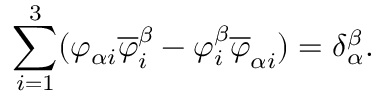
\sum _ { i = 1 } ^ { 3 } ( \varphi _ { \alpha i } \overline { { { \varphi } } } _ { i } ^ { \beta } - \varphi _ { i } ^ { \beta } \overline { { { \varphi } } } _ { \alpha i } ) = \delta { _ \alpha ^ { \beta } } .